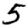
Digit: 5